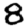
Digit: 8